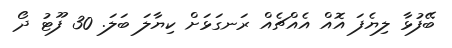
ބޭފުޅާ ލިޔެފަ އޮއް އެއްޗެއް ރަނގަޅަށް ކިޔާލަ ބަލަ. 30 ފޫޓު ދޯ